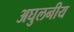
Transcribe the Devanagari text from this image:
अघुलनीय